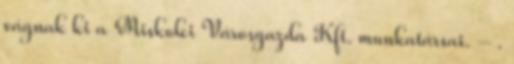
vágnak ki a Miskolci Városgazda Kft. munkatársai. – .